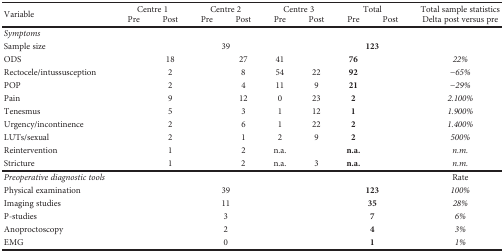
<table><thead><tr><td rowspan="2"><b>Variable</b></td><td colspan="2"><b>Centre 1</b></td><td colspan="2"><b>Centre 2</b></td><td colspan="2"><b>Centre 3</b></td><td colspan="2"><b>Total</b></td><td><b>Total sample statistics</b></td></tr><tr><td><b>Pre</b></td><td><b>Post</b></td><td><b>Pre</b></td><td><b>Post</b></td><td><b>Pre</b></td><td><b>Post</b></td><td><b>Pre</b></td><td><b>Post</b></td><td><b>Delta post versus pre</b></td></tr></thead><tbody><tr><td><i>Symptoms</i></td><td>[EMPTY_CELL]</td><td>[EMPTY_CELL]</td><td>[EMPTY_CELL]</td><td>[EMPTY_CELL]</td><td>[EMPTY_CELL]</td><td>[EMPTY_CELL]</td><td>[EMPTY_CELL]</td><td>[EMPTY_CELL]</td><td>[EMPTY_CELL]</td></tr><tr><td>Sample size</td><td colspan="2">[EMPTY_CELL]</td><td colspan="2">39</td><td colspan="2">[EMPTY_CELL]</td><td colspan="2"><b>123</b></td><td>[EMPTY_CELL]</td></tr><tr><td>ODS</td><td>[EMPTY_CELL]</td><td>18</td><td>[EMPTY_CELL]</td><td>27</td><td>41</td><td>[EMPTY_CELL]</td><td><b>76</b></td><td>[EMPTY_CELL]</td><td><i>22%</i></td></tr><tr><td>Rectocele/intussusception</td><td>[EMPTY_CELL]</td><td>2</td><td>[EMPTY_CELL]</td><td>8</td><td>54</td><td>22</td><td><b>92</b></td><td>[EMPTY_CELL]</td><td><i>−65%</i></td></tr><tr><td>POP</td><td>[EMPTY_CELL]</td><td>2</td><td>[EMPTY_CELL]</td><td>4</td><td>11</td><td>9</td><td><b>21</b></td><td>[EMPTY_CELL]</td><td><i>−29%</i></td></tr><tr><td>Pain</td><td>[EMPTY_CELL]</td><td>9</td><td>[EMPTY_CELL]</td><td>12</td><td>0</td><td>23</td><td><b>2</b></td><td>[EMPTY_CELL]</td><td><i>2.100%</i></td></tr><tr><td>Tenesmus</td><td>[EMPTY_CELL]</td><td>5</td><td>[EMPTY_CELL]</td><td>3</td><td>1</td><td>12</td><td><b>1</b></td><td>[EMPTY_CELL]</td><td><i>1.900%</i></td></tr><tr><td>Urgency/incontinence</td><td>[EMPTY_CELL]</td><td>2</td><td>[EMPTY_CELL]</td><td>6</td><td>1</td><td>22</td><td><b>2</b></td><td>[EMPTY_CELL]</td><td><i>1.400%</i></td></tr><tr><td>LUTs/sexual</td><td>[EMPTY_CELL]</td><td>2</td><td>[EMPTY_CELL]</td><td>1</td><td>2</td><td>9</td><td><b>2</b></td><td>[EMPTY_CELL]</td><td><i>500%</i></td></tr><tr><td>Reintervention</td><td>[EMPTY_CELL]</td><td>1</td><td>[EMPTY_CELL]</td><td>2</td><td>n.a.</td><td>[EMPTY_CELL]</td><td><b>n.a.</b></td><td>[EMPTY_CELL]</td><td><i>n.m.</i></td></tr><tr><td>Stricture</td><td>[EMPTY_CELL]</td><td>1</td><td>[EMPTY_CELL]</td><td>2</td><td>n.a.</td><td>3</td><td><b>n.a.</b></td><td>[EMPTY_CELL]</td><td><i>n.m.</i></td></tr><tr><td><i>Preoperative diagnostic tools</i></td><td>[EMPTY_CELL]</td><td>[EMPTY_CELL]</td><td>[EMPTY_CELL]</td><td>[EMPTY_CELL]</td><td>[EMPTY_CELL]</td><td>[EMPTY_CELL]</td><td>[EMPTY_CELL]</td><td>[EMPTY_CELL]</td><td>Rate</td></tr><tr><td>Physical examination</td><td colspan="2">[EMPTY_CELL]</td><td colspan="2">39</td><td colspan="2">[EMPTY_CELL]</td><td colspan="2"><b>123</b></td><td><i>100%</i></td></tr><tr><td>Imaging studies</td><td colspan="2">[EMPTY_CELL]</td><td colspan="2">11</td><td colspan="2">[EMPTY_CELL]</td><td colspan="2"><b>35</b></td><td><i>28%</i></td></tr><tr><td>P-studies</td><td colspan="2">[EMPTY_CELL]</td><td colspan="2">3</td><td colspan="2">[EMPTY_CELL]</td><td colspan="2"><b>7</b></td><td><i>6%</i></td></tr><tr><td>Anoproctoscopy</td><td colspan="2">[EMPTY_CELL]</td><td colspan="2">2</td><td colspan="2">[EMPTY_CELL]</td><td colspan="2"><b>4</b></td><td><i>3%</i></td></tr><tr><td>EMG</td><td colspan="2">[EMPTY_CELL]</td><td colspan="2">0</td><td colspan="2">[EMPTY_CELL]</td><td colspan="2"><b>1</b></td><td><i>1%</i></td></tr></tbody></table>